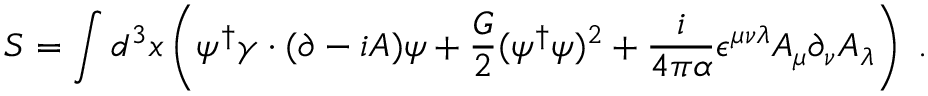
S = \int d ^ { 3 } x \left( \psi ^ { \dagger } \gamma \cdot ( \partial - i A ) \psi + \frac { G } { 2 } ( \psi ^ { \dagger } \psi ) ^ { 2 } + \frac { i } { 4 \pi \alpha } \epsilon ^ { \mu \nu \lambda } A _ { \mu } \partial _ { \nu } A _ { \lambda } \right) \; .